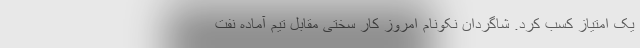
یک امتیاز کسب کرد. شاگردان نکونام امروز کار سختی مقابل تیم آماده نفت